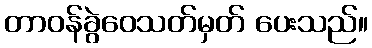
တာဝန်ခွဲဝေသတ်မှတ် ပေးသည်။